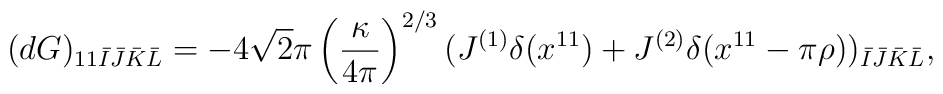
(dG)_{11\bar{I}\bar{J}\bar{K}\bar{L}}=-4\sqrt{2}\pi\left(\frac{\kappa}{4\pi}\right)^{2/3}(J^{(1)}\delta(x^{11}) + J^{(2)}\delta(x^{11}-\pi\rho))_{\bar{I}\bar{J}\bar{K}\bar{L}},